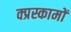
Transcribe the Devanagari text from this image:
क्प्रस्कामों